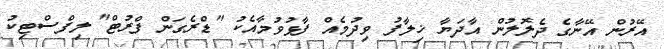
އޭރުން އޭނާގެ ދެލޮލުން އާދަޔާ ޚިލާފު ވިދުމެއް ފާޅުވުމާއެކު "ޑްރެގަން ފްރުޓް" ލިފްސްޓިކު